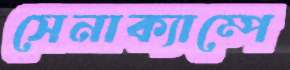
সেনাক্যাম্পে